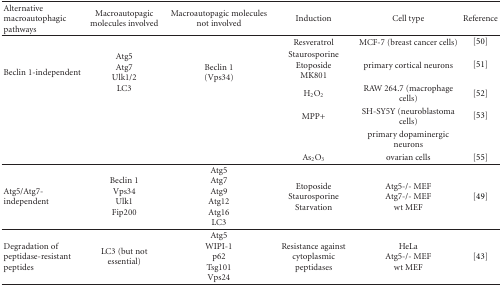
<table><thead><tr><td><b>Alternative macroautophagic pathways</b></td><td><b>Macroautopagic molecules involved</b></td><td><b>Macroautopagic molecules not involved</b></td><td><b> Induction</b></td><td><b> Cell type</b></td><td><b>Reference</b></td></tr></thead><tbody><tr><td rowspan="6">Beclin 1-independent</td><td rowspan="6">Atg5 Atg7 Ulk1/2 LC3</td><td rowspan="6">Beclin 1 (Vps34)</td><td>Resveratrol</td><td>MCF-7 (breast cancer cells)</td><td>[50]</td></tr><tr><td>Staurosporine Etoposide MK801</td><td>primary cortical neurons</td><td>[51]</td></tr><tr><td>H<sub>2</sub>O<sub>2</sub></td><td>RAW 264.7 (macrophage cells)</td><td>[52]</td></tr><tr><td>MPP+</td><td>SH-SY5Y (neuroblastoma cells)</td><td>[53]</td></tr><tr><td></td><td>primary dopaminergic neurons</td><td></td></tr><tr><td>As<sub>2</sub>O<sub>3</sub></td><td>ovarian cells</td><td>[55]</td></tr><tr><td>Atg5/Atg7-independent</td><td>Beclin 1 Vps34 Ulk1 Fip200</td><td>Atg5 Atg7 Atg9 Atg12 Atg16 LC3</td><td>Etoposide Staurosporine Starvation</td><td>Atg5-/- MEF Atg7-/- MEF wt MEF</td><td>[49] </td></tr><tr><td>Degradation of peptidase-resistant peptides</td><td>LC3 (but not essential)</td><td>Atg5 WIPI-1 p62 Tsg101 Vps24</td><td>Resistance against cytoplasmic peptidases</td><td>HeLa Atg5-/- MEF wt MEF</td><td>[43]</td></tr></tbody></table>